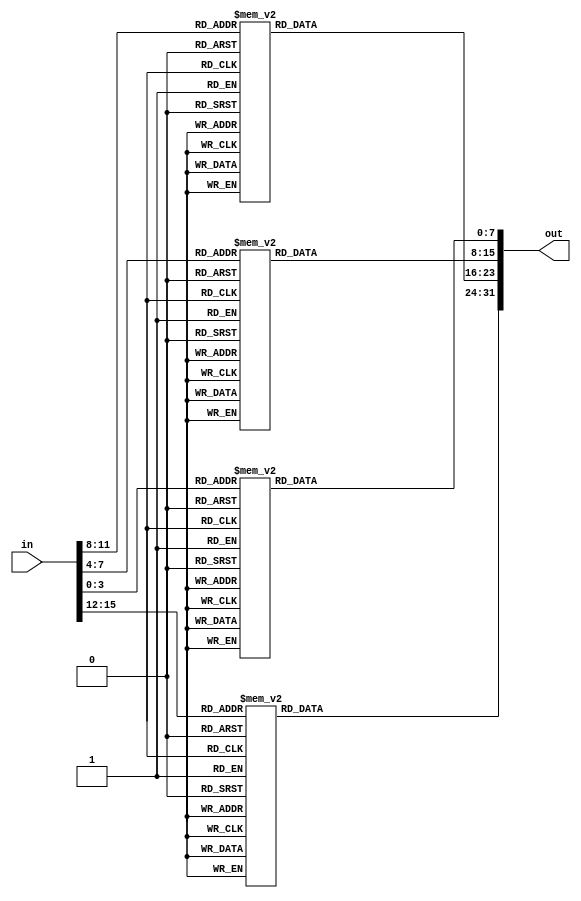
// Copyright 2007 Altera Corporation. All rights reserved.  
// Altera products are protected under numerous U.S. and foreign patents, 
// maskwork rights, copyrights and other intellectual property laws.  
//
// This reference design file, and your use thereof, is subject to and governed
// by the terms and conditions of the applicable Altera Reference Design 
// License Agreement (either as signed by you or found at www.altera.com).  By
// using this reference design file, you indicate your acceptance of such terms
// and conditions between you and Altera Corporation.  In the event that you do
// not agree with such terms and conditions, you may not use the reference 
// design file and please promptly destroy any copies you have made.
//
// This reference design file is being provided on an "as-is" basis and as an 
// accommodation and therefore all warranties, representations or guarantees of 
// any kind (whether express, implied or statutory) including, without 
// limitation, warranties of merchantability, non-infringement, or fitness for
// a particular purpose, are specifically disclaimed.  By making this reference
// design file available, Altera expressly does not recommend, suggest or 
// require that this reference design file be used in combination with any 
// other product not provided by Altera.
/////////////////////////////////////////////////////////////////////////////

// baeckler - 04-26-2006
// convert a variable length binary word to hex.

module bin_to_asc_hex (in,out);

parameter METHOD = 1;
parameter WIDTH = 16;

localparam PAD_BITS = (WIDTH % 4) == 0 ? 0 : (4-(WIDTH%4));
localparam PADDED_WIDTH = WIDTH + PAD_BITS;
localparam NYBBLES = PADDED_WIDTH >> 2;

input [WIDTH-1:0] in;	
output [8*NYBBLES-1:0] out;

wire [PADDED_WIDTH-1:0] padded_in = {{PAD_BITS {1'b0}},in};

genvar i;
generate
	for (i=0; i<NYBBLES; i=i+1)
	begin : h
		wire [3:0] tmp_in = padded_in [4*(i+1)-1:4*i];
	
		if (METHOD == 0) begin
			// C style comparison.
			wire [7:0] tmp_out;
			assign tmp_out = (tmp_in < 10) ? ("0" | tmp_in) : ("A" + tmp_in - 10);
			assign out [8*(i+1)-1:8*i] = tmp_out;
		end
		else begin
			/////////////////////////////////////
			// METHOD = 1 is an equivalent case 
			//   statement, to make the minimizations 
			//   more obvious.
			/////////////////////////////////////
			reg [7:0] tmp_out;
			always @(tmp_in) begin
				case (tmp_in)
				   4'h0 : tmp_out = 8'b00110000;
				   4'h1 : tmp_out = 8'b00110001;
				   4'h2 : tmp_out = 8'b00110010;
				   4'h3 : tmp_out = 8'b00110011;
				   4'h4 : tmp_out = 8'b00110100;
				   4'h5 : tmp_out = 8'b00110101;
				   4'h6 : tmp_out = 8'b00110110;
				   4'h7 : tmp_out = 8'b00110111;
				   4'h8 : tmp_out = 8'b00111000;
				   4'h9 : tmp_out = 8'b00111001;
				   4'ha : tmp_out = 8'b01000001;
				   4'hb : tmp_out = 8'b01000010;
				   4'hc : tmp_out = 8'b01000011;
				   4'hd : tmp_out = 8'b01000100;
				   4'he : tmp_out = 8'b01000101;
				   4'hf : tmp_out = 8'b01000110;
				endcase
			end
			assign out [8*(i+1)-1:8*i] = tmp_out;
		end					
	end
endgenerate

endmodule

/////////////////////////////////
// quick sanity check
/////////////////////////////////

module bin_to_asc_hex_tb ();

parameter WIDTH = 16;
parameter OUT_WIDTH = 4; // Number of nybbles in WIDTH

reg [WIDTH-1:0] in;
wire [8*OUT_WIDTH-1:0] oa,ob;

bin_to_asc_hex a (.in(in),.out(oa));
bin_to_asc_hex b (.in(in),.out(ob));

initial begin
	#100000 $stop();
end

always begin
	#100 in = $random;
	#100 if (oa !== ob) $display ("Disagreement at time %d",$time);
end	

endmodule